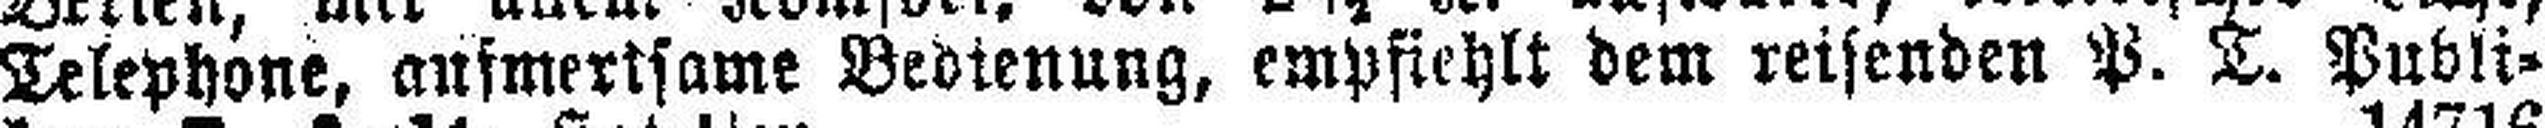
Telephone, aufmerksame Bedienung, empfiehlt dem reisenden P. T. Publi¬